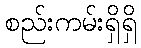
စည်းကမ်းရှိရှိ